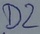
Text: D2